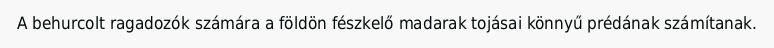
A behurcolt ragadozók számára a földön fészkelő madarak tojásai könnyű prédának számítanak.